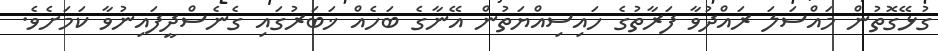
ގުޅޭގޮތުން މައްސަލަ ރައްދުވާ ފަރާތުގެ ހައިސިއްޔަތުން އޭނާގެ ބަހެއް ޚަބަރުގައި ގެނެސްދީފައިނުވާ ކަމަށެވެ.